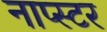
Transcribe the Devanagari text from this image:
नाप्स्टर